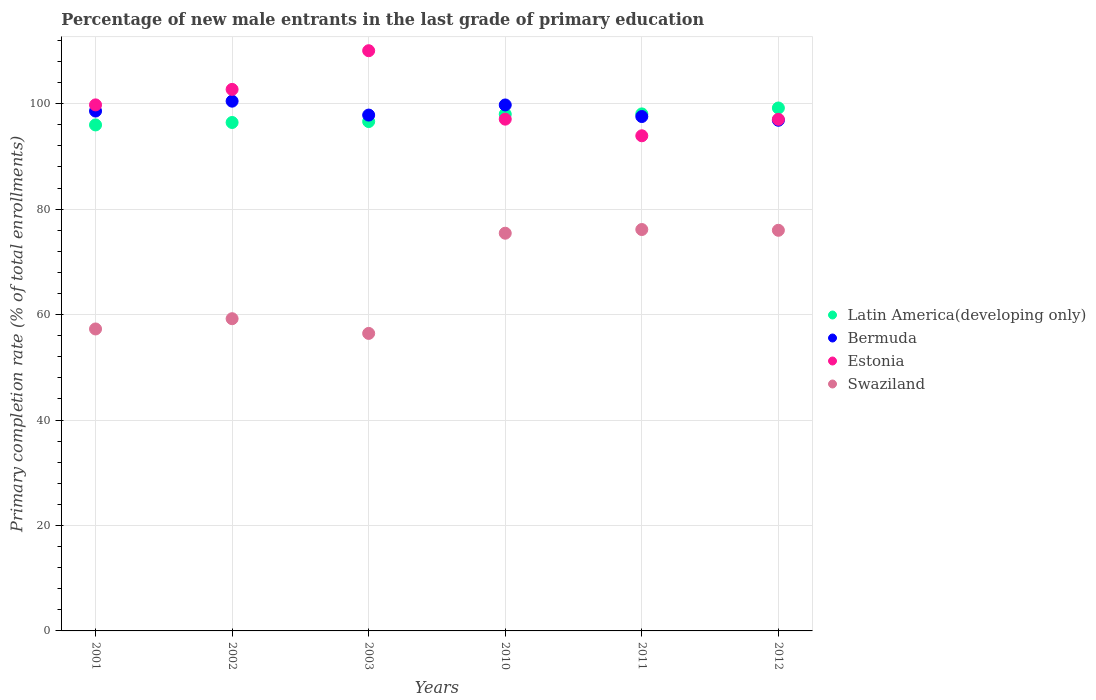
| Years | Latin America(developing only) | Bermuda | Estonia | Swaziland |
 | --- | --- | --- | --- | --- |
 | 2001 | 96 | 98.6 | 99.8 | 57.3 |
 | 2002 | 96.4 | 100 | 103 | 59.2 |
 | 2003 | 96.6 | 97.8 | 110 | 56.4 |
 | 2010 | 98 | 99.8 | 97.1 | 75.4 |
 | 2011 | 98.1 | 97.6 | 93.9 | 76.1 |
 | 2012 | 99.2 | 96.9 | 97 | 76 |